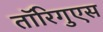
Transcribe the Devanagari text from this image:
तॉरिगुएस